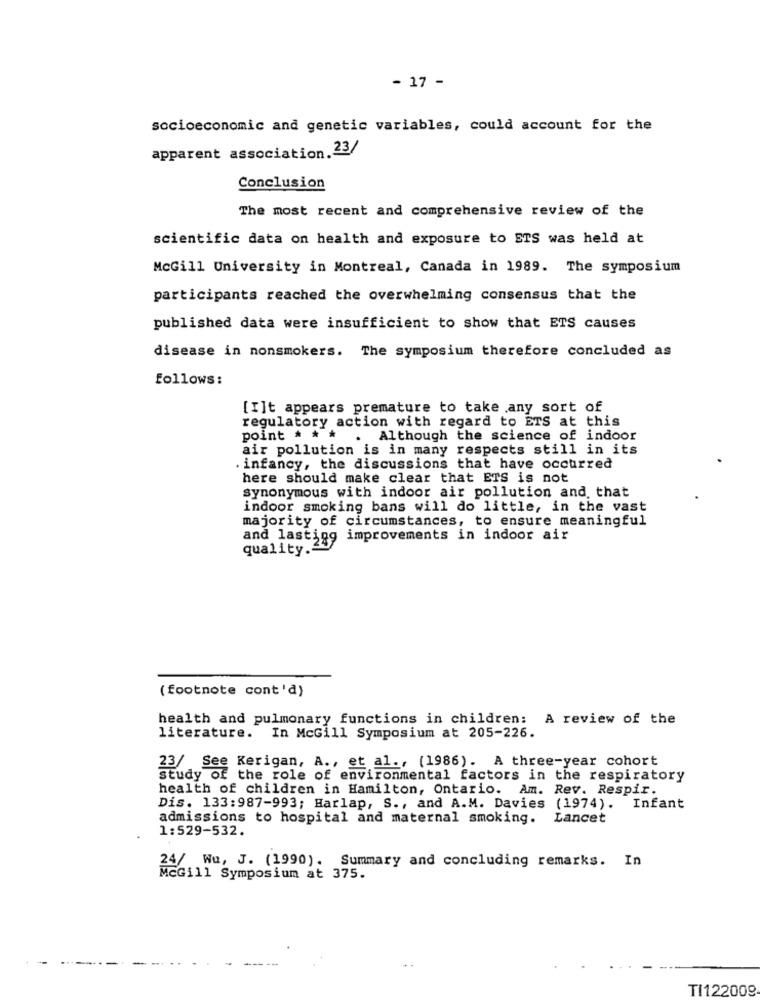
- 17 -
socioeconomic and genetic variables, could account for the
apparent association.23/
Conclusion
The most recent and comprehensive review of the
scientific data on health and exposure to ETS was held at
McGill University in Montreal, Canada in 1989. The symposium
participants reached the overwhelming consensus that the
published data were insufficient to show that ETS causes
disease in nonsmokers. The symposium therefore concluded as
follows:
[I]t appears premature to take any sort of
regulatory action with regard to ETS at this
point * **
Although the science of indoor
air pollution is in many respects still in its
. infancy, the discussions that have occurred
here should make clear that ETS is not
synonymous with indoor air pollution and. that
indoor smoking bans will do little, in the vast
majority of circumstances, to ensure meaningful
and lasting improvements in indoor air
quality.ª
( footnote cont'd)
health and pulmonary functions in children: A review of the
literature. In McGill Symposium at 205-226.
23/ See Kerigan, A ., et al ., (1986). A three-year cohort
study of the role of environmental factors in the respiratory
health of children in Hamilton, Ontario. Am. Rev. Respir.
Dis. 133:987-993; Harlap, S ., and A.M. Davies (1974). Infant
admissions to hospital and maternal smoking.
Lancet
1:529-532.
24/ Wu, J. (1990). Summary and concluding remarks. In
McGill Symposium at 375.
-
TI122009